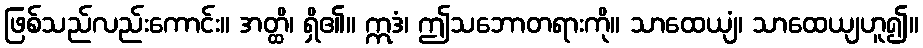
ဖြစ်သည်လည်းကောင်း။ အတ္ထိ၊ ရှိ၏။ ဣဒံ၊ ဤသဘောတရားကို။ သာထေယျံ၊ သာထေယျဟူ၍။